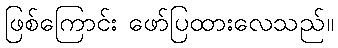
ဖြစ်ကြောင်း ဖော်ပြထားလေသည်။